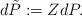
LaTeX: \begin{align*}d\tilde{P} & := Z dP .\end{align*}